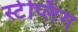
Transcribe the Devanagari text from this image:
स्टेप्लिंग